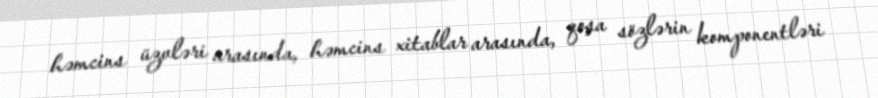
həmcins üzvləri arasında, həmcins xitablar arasında, qoşa sözlərin komponentləri